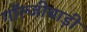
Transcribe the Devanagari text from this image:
गॉल्जीबाड़ी